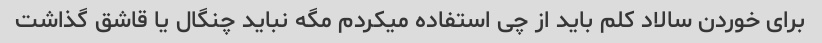
برای خوردن سالاد کلم باید از چی استفاده میکردم مگه نباید چنگال یا قاشق گذاشت